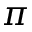
\pi